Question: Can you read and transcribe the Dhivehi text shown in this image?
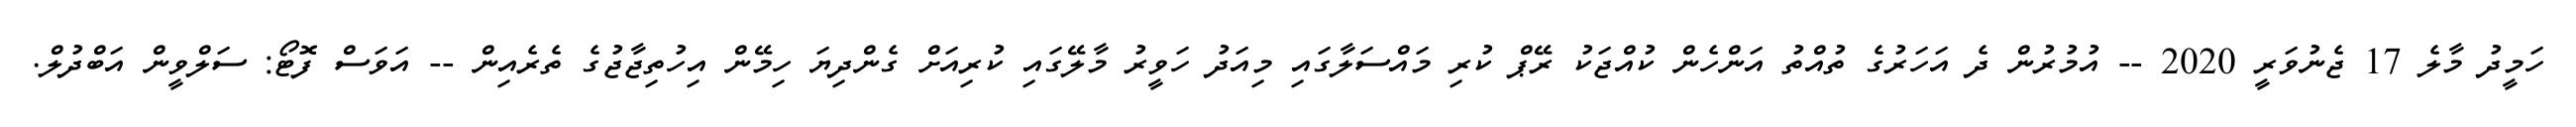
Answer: ހަމީދު މާލެ 17 ޖެނުވަރީ 2020 -- އުމުރުން ދެ އަހަރުގެ ތުއްތު އަންހެން ކުއްޖަކު ރޭޕް ކުރި މައްސަލާގައި މިއަދު ހަވީރު މާލޭގައި ކުރިއަށް ގެންދިޔަ ހިމޭން އިހުތިޖާޖުގެ ތެރެއިން -- އަވަސް ފޮޓޯ: ސަލްވީން އަބްދުލް.